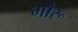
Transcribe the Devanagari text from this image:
गौरू